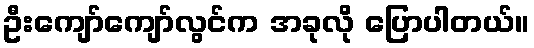
ဦးကျော်ကျော်လွင်က အခုလို ပြောပါတယ်။